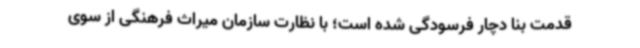
قدمت بنا دچار فرسودگی شده است؛ با نظارت سازمان میراث فرهنگی از سوی